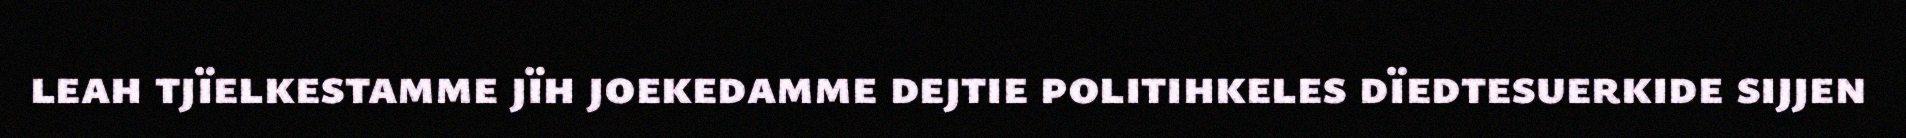
leah tjïelkestamme jïh joekedamme dejtie politihkeles dïedtesuerkide sijjen